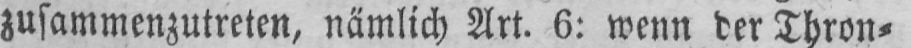
zusammenzutreten, nämlich Art. 6: wenn der Thron⸗